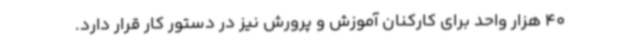
40 هزار واحد برای کارکنان آموزش و پرورش نیز در دستور کار قرار دارد.